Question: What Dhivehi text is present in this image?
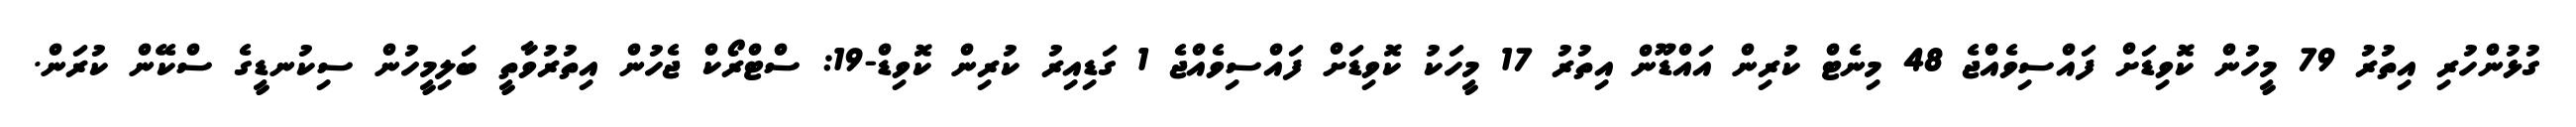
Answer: ގުޅުންހުރި އިތުރު 79 މީހުން ކޮވިޑަށް ފައްސިވެއްޖެ 48 މިނެޓް ކުރިން އައްޑޫން އިތުރު 17 މީހަކު ކޮވިޑަށް ފައްސިވެއްޖެ 1 ގަޑިއިރު ކުރިން ކޮވިޑް-19: ސްޓްރޯކް ޖެހުން އިތުރުވާތީ ބަލިމީހުން ސިކުނޑީގެ ސްކޭން ކުރަން.